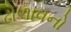
ઢોળાવનો